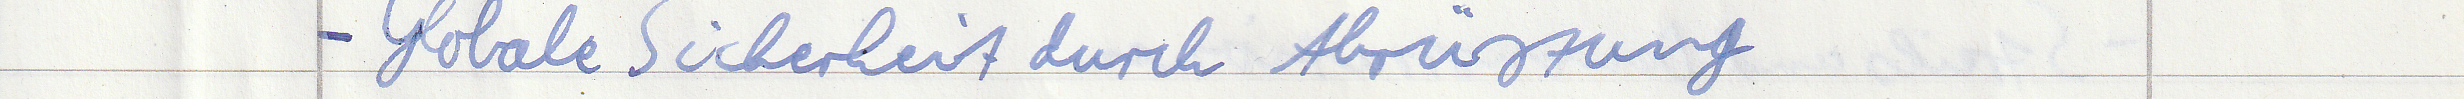
- Globale Sicherheit durch Abrüstung